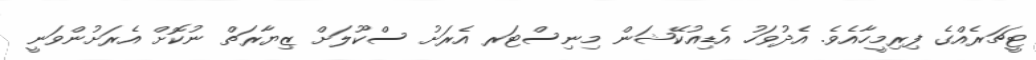
ޓީޗަރެއްގެ ފިރިމީހާއެވެ. އެދުވަހު އެޑިއުކޭޝަން މިނިސްޓަރ އެރަށު ސްކޫލަށް ޒިޔާރަތް ނުކޮށް އެރަށުންވަނީ